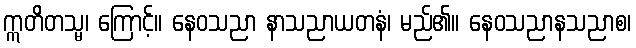
ဣတိတသ္မ၊ ကြောင့်။ နေဝသညာ နာသညာယတနံ၊ မည်၏။ နေဝသညာနသညာစ၊